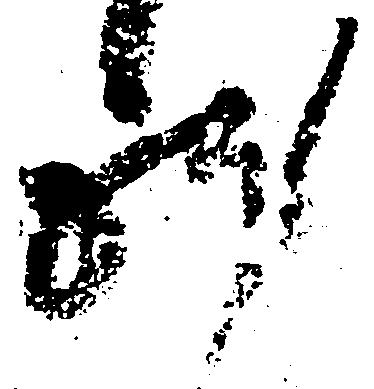
躰